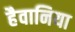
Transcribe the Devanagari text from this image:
हैवानिया